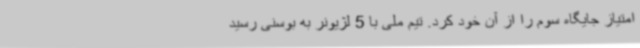
امتیاز جایگاه سوم را از آن خود کرد. تیم ملی با 5 لژیونر به بوسنی رسید